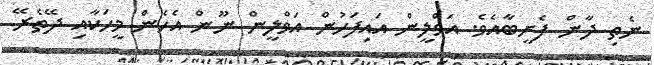
ނެތި ދާން ފެށީބާއެވެ. އަވްލީން އައިފަހުން އަވްލީން ނޫން އެހެން މީހަކާއި ދޭތެރޭ